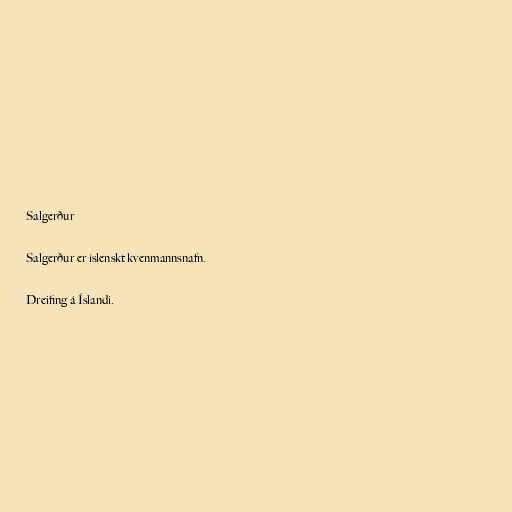
Salgerður

Salgerður er íslenskt kvenmannsnafn.

Dreifing á Íslandi.